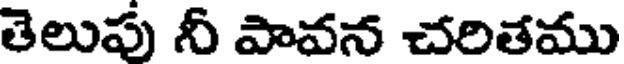
తెలుపు నీ పావన చరితము